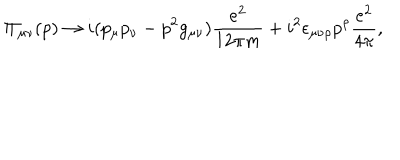
\Pi _ { \mu \nu } ( p ) \rightarrow i ( p _ { \mu } p _ { \nu } - p ^ { 2 } g _ { \mu \nu } ) \frac { e ^ { 2 } } { 1 2 \pi m } + i ^ { 2 } \epsilon _ { \mu \nu \rho } p ^ { \rho } \frac { e ^ { 2 } } { 4 \pi } ,